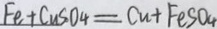
F e + C u S O _ { 4 } = C u + F e S O _ { 4 }